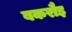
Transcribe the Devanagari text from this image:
बकरौइ